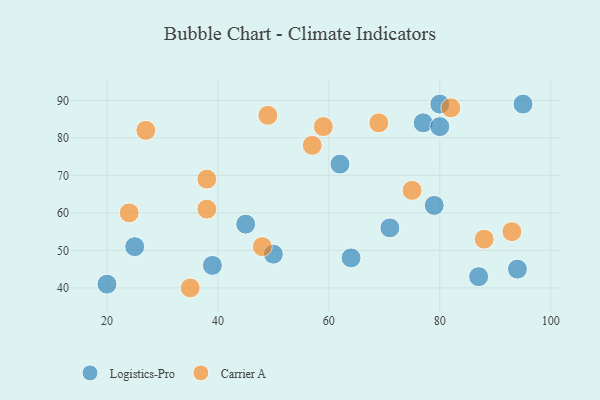
{"axis": {"x": "GDP", "y": "Life Expectancy"}, "legend": ["Carrier A", "Logistics-Pro"], "data": [{"x": "45", "y": 57, "type": "Logistics-Pro"}, {"x": "50", "y": 49, "type": "Logistics-Pro"}, {"x": "95", "y": 89, "type": "Logistics-Pro"}, {"x": "87", "y": 43, "type": "Logistics-Pro"}, {"x": "64", "y": 48, "type": "Logistics-Pro"}, {"x": "94", "y": 45, "type": "Logistics-Pro"}, {"x": "79", "y": 62, "type": "Logistics-Pro"}, {"x": "20", "y": 41, "type": "Logistics-Pro"}, {"x": "77", "y": 84, "type": "Logistics-Pro"}, {"x": "80", "y": 83, "type": "Logistics-Pro"}, {"x": "71", "y": 56, "type": "Logistics-Pro"}, {"x": "25", "y": 51, "type": "Logistics-Pro"}, {"x": "62", "y": 73, "type": "Logistics-Pro"}, {"x": "80", "y": 89, "type": "Logistics-Pro"}, {"x": "39", "y": 46, "type": "Logistics-Pro"}, {"x": "75", "y": 66, "type": "Carrier A"}, {"x": "49", "y": 86, "type": "Carrier A"}, {"x": "82", "y": 88, "type": "Carrier A"}, {"x": "48", "y": 51, "type": "Carrier A"}, {"x": "27", "y": 82, "type": "Carrier A"}, {"x": "35", "y": 40, "type": "Carrier A"}, {"x": "38", "y": 69, "type": "Carrier A"}, {"x": "69", "y": 84, "type": "Carrier A"}, {"x": "57", "y": 78, "type": "Carrier A"}, {"x": "24", "y": 60, "type": "Carrier A"}, {"x": "38", "y": 61, "type": "Carrier A"}, {"x": "88", "y": 53, "type": "Carrier A"}, {"x": "59", "y": 83, "type": "Carrier A"}, {"x": "93", "y": 55, "type": "Carrier A"}]}